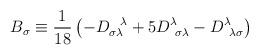
LaTeX: \begin{align*}B_\sigma \equiv \frac{1}{18} \left( - D_{\sigma \lambda }^{~~\lambda } + 5 D^\lambda_{~\sigma \lambda } - D^\lambda_{~\lambda \sigma }\right)\end{align*}